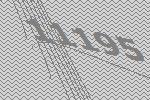
11195